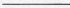
___